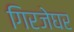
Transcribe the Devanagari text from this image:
गिरजेघर